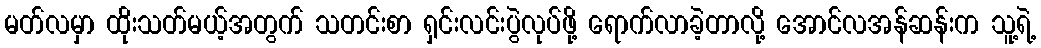
မတ်လမှာ ထိုးသတ်မယ့်အတွက် သတင်းစာ ရှင်းလင်းပွဲလုပ်ဖို့ ရောက်လာခဲ့တာလို့ အောင်လအန်ဆန်းက သူ့ရဲ့